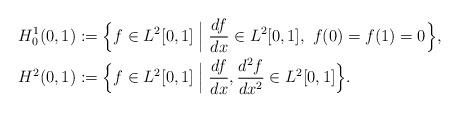
LaTeX: \begin{align*}&H_0^1(0,1):=\Big\{f\in L^2[0,1]\;\Big|\;\frac{df}{dx}\in L^2[0,1],\ f(0)=f(1)=0\Big\},\\&H^2(0,1):=\Big\{f\in L^2[0,1]\;\Big|\;\frac{df}{dx},\frac{d^2f}{dx^2}\in L^2[0,1]\Big\}.\end{align*}